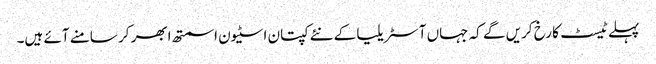
پہلے ٹیسٹ کا رخ کریں گے کہ جہاں آسٹریلیا کے نئے کپتان اسٹیون اسمتھ ابھر کر سامنے آئے ہیں۔